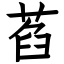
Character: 萏